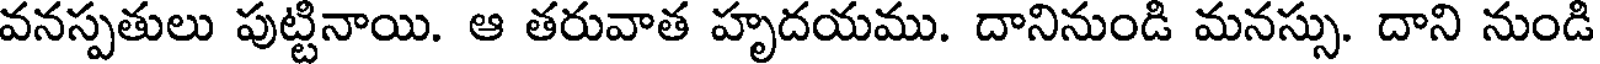
వనస్పతులు పుట్టినాయి. ఆ తరువాత హృదయము. దానినుండి మనస్సు. దాని నుండి